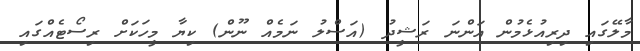
މާލޭގައި ދިރިއުޅެމުން އަންނަ ރަޝީދު (އަސްލު ނަމެއް ނޫން) ކިޔާ މީހަކަށް ރިސޯޓެއްގައި